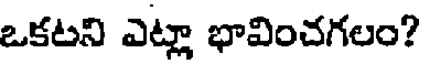
ఒకటని ఎట్లా భావించగలం?